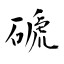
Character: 磃